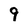
Character: 9